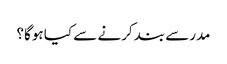
مدرسے بند کرنے سے کیا ہوگا؟